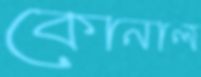
কোনাল